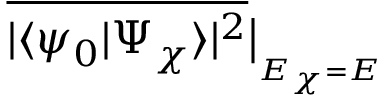
\overline { { | \langle \psi _ { 0 } | \Psi _ { \chi } \rangle | ^ { 2 } } } \big | _ { _ { E _ { \chi } = E } }